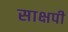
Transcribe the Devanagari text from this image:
साक्षपी